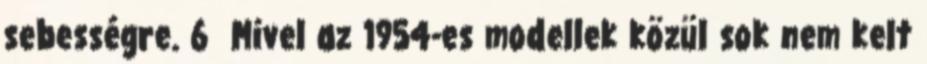
sebességre. 6 Mivel az 1954-es modellek közül sok nem kelt